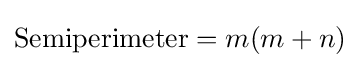
{\text{Semiperimeter}}=m(m+n)